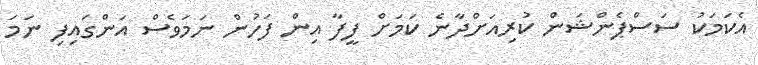
އެކަމަކު ސަސްޕެންޝަން ކުރިއަށްދާނެ ކަމަށް ފީފާ އިން ފަހުން ނަމަވެސް އަންގައިފި ނަމަ